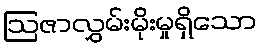
ဩဇာလွှမ်းမိုးမှုရှိသော